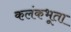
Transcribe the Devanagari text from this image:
कलंकभूता